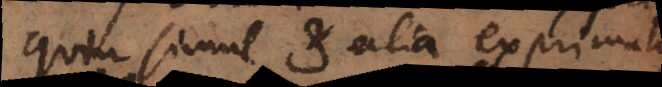
quin simul et alia exprimatur